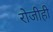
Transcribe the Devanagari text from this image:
रोजीही